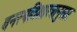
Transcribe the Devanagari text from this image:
वनस्पतिशास्त्रानुसार